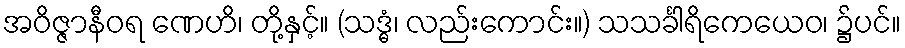
အဝိဇ္ဇာနီဝရ ဏေဟိ၊ တို့နှင့်။ (သဒ္ဓံ၊ လည်းကောင်း။) သသင်္ခါရိကေယေဝ၊ ၌ပင်။